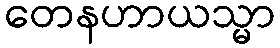
တေနဟာယသ္မာ